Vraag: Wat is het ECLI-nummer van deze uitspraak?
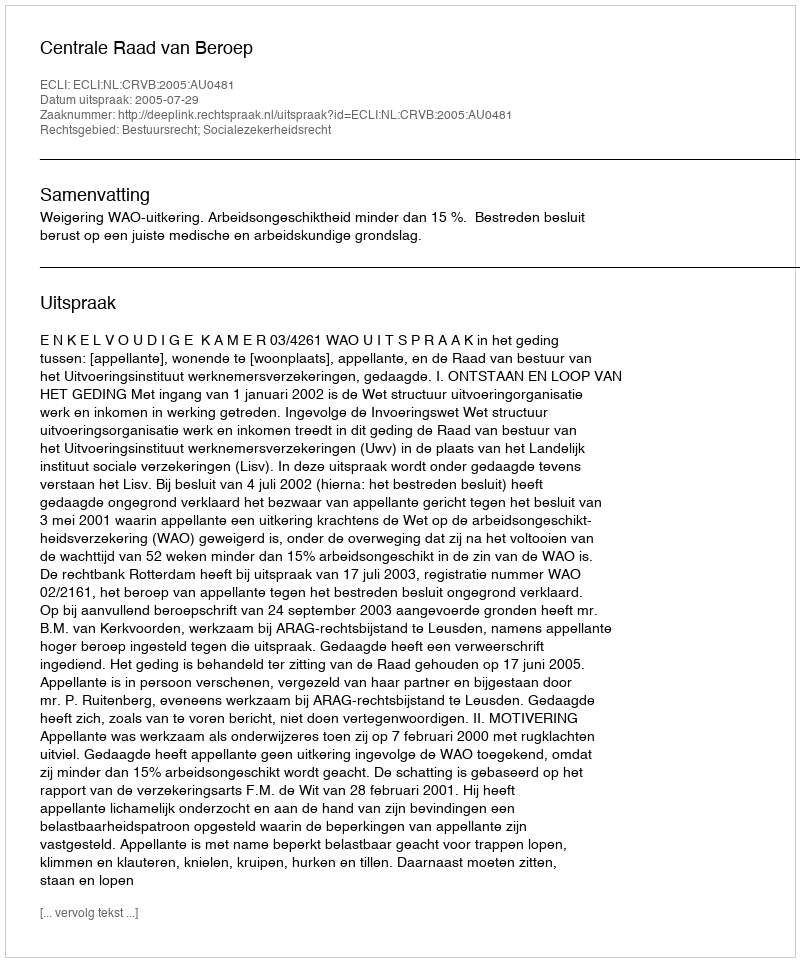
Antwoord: ECLI:NL:CRVB:2005:AU0481